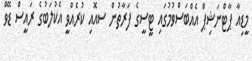
މީޑިއާ ޕާޓްނަޝިޕް އެއްބަސްވުމުގައި ޓީސީގެ ފަރާތުން ސއޮއި ކުރެއްވީ އެކުލަބުގެ ރައީސް ޑޭވް